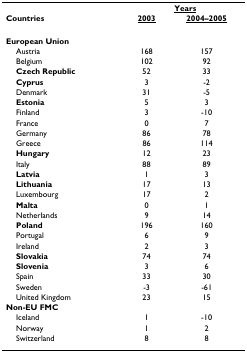
|  | <COLSPAN=2> <underline>Years</underline> |
 | Countries | <underline>2003</underline> | <underline>2004–2005</underline> |
 | --- | --- | --- |
 | European Union |  |  |
 | Austria | 168 | 157 |
 | Belgium | 102 | 92 |
 | Czech Republic | 52 | 33 |
 | Cyprus | 3 | -2 |
 | Denmark | 31 | -5 |
 | Estonia | 5 | 3 |
 | Finland | 3 | -10 |
 | France | 0 | 7 |
 | Germany | 86 | 78 |
 | Greece | 86 | 114 |
 | Hungary | 12 | 23 |
 | Italy | 88 | 89 |
 | Latvia | 1 | 3 |
 | Lithuania | 17 | 13 |
 | Luxembourg | 17 | 2 |
 | Malta | 0 | 1 |
 | Netherlands | 9 | 14 |
 | Poland | 196 | 160 |
 | Portugal | 6 | 9 |
 | Ireland | 2 | 3 |
 | Slovakia | 74 | 74 |
 | Slovenia | 3 | 6 |
 | Spain | 33 | 30 |
 | Sweden | -3 | -61 |
 | United Kingdom | 23 | 15 |
 | Non-EU FMC |  |  |
 | Iceland | 1 | -10 |
 | Norway | 1 | 2 |
 | Switzerland | 8 | 8 |